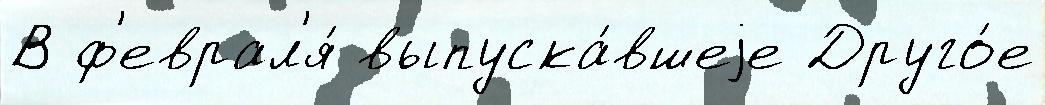
В ф'еврал'я́ выпуска́вшеjе Друго́е